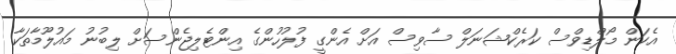
އެކަން މޯލްޑިވްސް ކަރެކްޝަނަލް ސާވިސް އަށް އެންގީ ފުލުހުންގެ އިންޓެލިޖެންސަށް ލިބުނު މައުލޫމާތަކާ